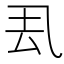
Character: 厾